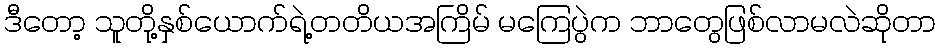
ဒီတော့ သူတို့နှစ်ယောက်ရဲ့တတိယအကြိမ် မကြေပွဲက ဘာတွေဖြစ်လာမလဲဆိုတာ